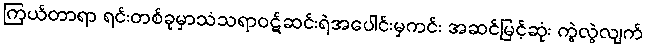
ကြယ်တာရာ ရင်းတစ်ခုမှာသံသရာဝဋ်ဆင်းရဲအပေါင်းမှကင်း အဆင်မြင့်ဆုံး ကွဲလွဲလျက်